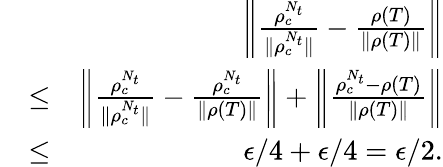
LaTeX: \begin{array}{rlr}&{}&{\bigg\| \frac{\rho_{c}^{N_{t}}}{\| \rho_{c}^{N_{t}}\| }-\frac{\rho(T)}{\| \rho(T)\| }\bigg\| }\\ &{\leq}&{\bigg\| \frac{\rho_{c}^{N_{t}}}{\| \rho_{c}^{N_{t}}\| }-\frac{\rho_{c}^{N_{t}}}{\| \rho(T)\| }\bigg\| +\bigg\| \frac{\rho_{c}^{N_{t}}-\rho(T)}{\| \rho(T)\| }\bigg\| }\\ &{\leq}&{\epsilon/4+\epsilon/4=\epsilon/2.}\end{array}